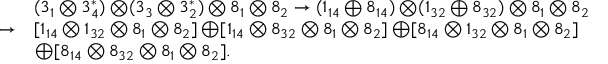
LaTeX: \begin{array} { l l } { { } } & { { ( 3 _ { 1 } \bigotimes 3 _ { 4 } ^ { * } ) \bigotimes ( 3 _ { 3 } \bigotimes 3 _ { 2 } ^ { * } ) \bigotimes 8 _ { 1 } \bigotimes 8 _ { 2 } \rightarrow ( 1 _ { 1 4 } \bigoplus 8 _ { 1 4 } ) \bigotimes ( 1 _ { 3 2 } \bigoplus 8 _ { 3 2 } ) \bigotimes 8 _ { 1 } \bigotimes 8 _ { 2 } } } \\ { { \rightarrow } } & { { [ 1 _ { 1 4 } \bigotimes 1 _ { 3 2 } \bigotimes 8 _ { 1 } \bigotimes 8 _ { 2 } ] \bigoplus [ 1 _ { 1 4 } \bigotimes 8 _ { 3 2 } \bigotimes 8 _ { 1 } \bigotimes 8 _ { 2 } ] \bigoplus [ 8 _ { 1 4 } \bigotimes 1 _ { 3 2 } \bigotimes 8 _ { 1 } \bigotimes 8 _ { 2 } ] } } \\ { { } } & { { \bigoplus [ 8 _ { 1 4 } \bigotimes 8 _ { 3 2 } \bigotimes 8 _ { 1 } \bigotimes 8 _ { 2 } ] . } } \end{array}